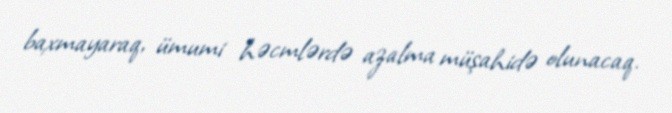
baxmayaraq, ümumi həcmlərdə azalma müşahidə olunacaq.